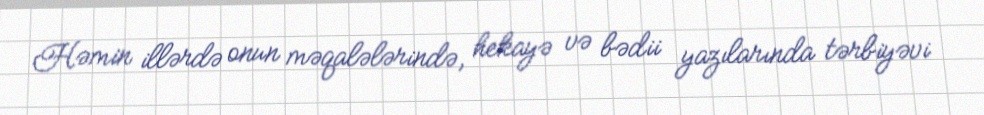
Həmin illərdə onun məqalələrində, hekayə və bədii yazılarında tərbiyəvi